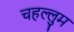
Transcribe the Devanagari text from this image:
चहल्लुम